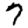
Digit: 7